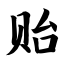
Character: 贻